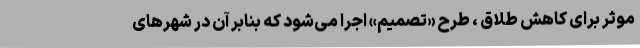
موثر برای کاهش طلاق ، طرح «تصمیم» اجرا می‌شود که بنابر آن در شهرهای